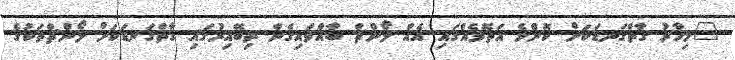
"މިހާރު ގާތްގަނޑަކަށް ކޮންމެ އަތޮޅެއްގައި އެއް ލޯންޗް ބާއްވައިގެން ތިބޭއިރުގައި ގާތްގަނޑަކަށް ލޯންޗްތަކުގެ